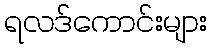
ရလဒ်ကောင်းများ